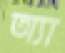
অ্যা